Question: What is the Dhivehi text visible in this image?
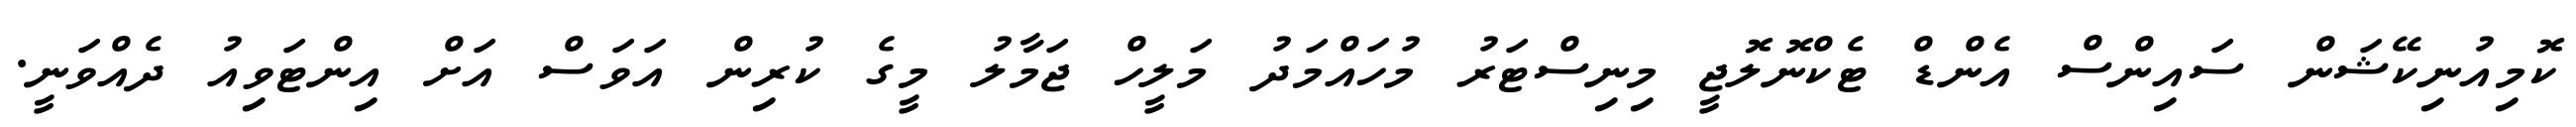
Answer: ކޮމިއުނިކޭޝަން ސައިންސް އެންޑް ޓެކްނޮލޮޖީ މިނިސްޓަރު މުހައްމަދު މަލީހް ޖަމާލު މީގެ ކުރިން އަވަސް އަށް އިންޓަވިއު ދެއްވަނީ.